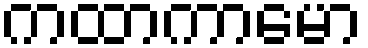
ကထာကာမော